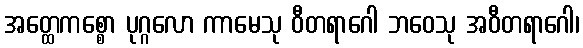
အတ္ထေကစ္စော ပုဂ္ဂလော ကာမေသု ဝီတရာဂေါ ဘဝေသု အဝီတရာဂေါ၊